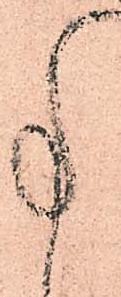
事